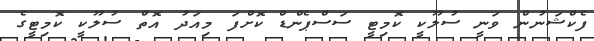
ފެކްޝަނުން ވަނީ ސުލޫކީ ކޮމިޓީ ސަސްޕެންޑް ކޮށްފަ މިއަދު އޮތް ސުލޫކީ ކޮމިޓީގެ